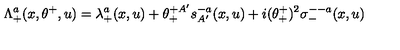
\Lambda _ { + } ^ { a } ( x , \theta ^ { + } , u ) = \lambda _ { + } ^ { a } ( x , u ) + \theta _ { + } ^ { + A ^ { \prime } } s _ { A ^ { \prime } } ^ { - a } ( x , u ) + i ( \theta _ { + } ^ { + } ) ^ { 2 } \sigma _ { - } ^ { -- a } ( x , u )